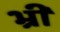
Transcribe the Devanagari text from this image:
भ्रीं